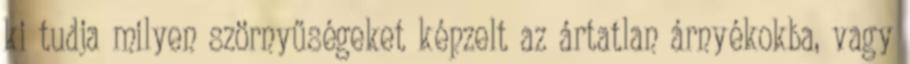
ki tudja milyen szörnyűségeket képzelt az ártatlan árnyékokba, vagy